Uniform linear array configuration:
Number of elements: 32
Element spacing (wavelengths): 0.25
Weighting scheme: exponential
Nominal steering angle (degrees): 45
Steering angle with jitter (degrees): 44.138
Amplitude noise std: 0.05
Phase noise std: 0.05

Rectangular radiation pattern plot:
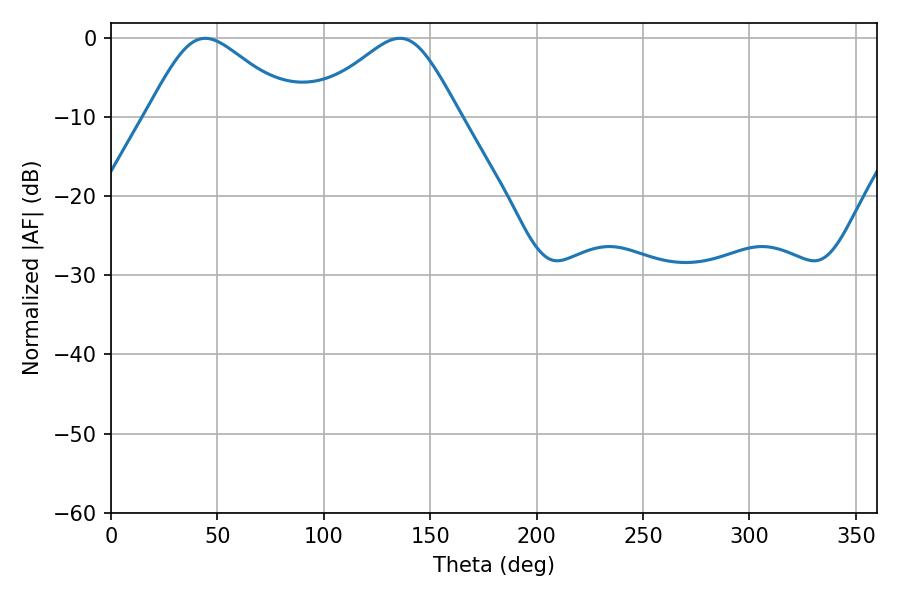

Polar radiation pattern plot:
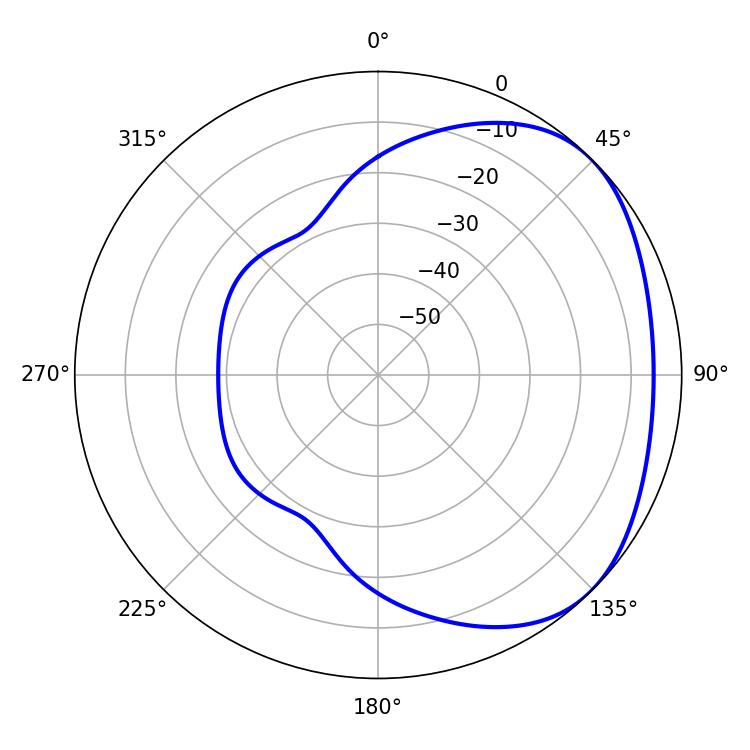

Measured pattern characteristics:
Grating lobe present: FALSE
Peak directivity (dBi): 2.848
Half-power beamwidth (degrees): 34.56
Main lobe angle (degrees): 44.28